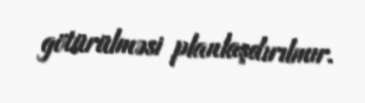
götürülməsi planlaşdırılmır.